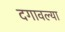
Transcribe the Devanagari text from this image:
दगावल्या